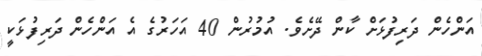
އަންހެން ދަރިފުޅަށް ކާން ދޭށެވެ. އުމުރުން 40 އަހަރުގެ އެ އަންެހެން ދަރިފުޅަކީ